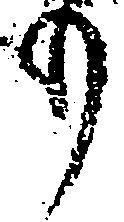
の